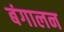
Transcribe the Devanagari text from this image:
बंगालन